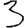
Digit: 3